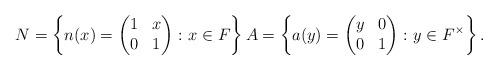
LaTeX: \begin{align*}N = \left\{n(x)=\left(\begin{matrix}1&x\\0&1\end{matrix}\right)\colon x\in F \right\} A=\left\{a(y)=\left( \begin{matrix} y&0\\0&1 \end{matrix}\right)\colon y\in F^{\times} \right\}.\end{align*}